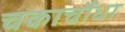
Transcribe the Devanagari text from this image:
चकाचौंधा